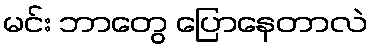
မင်း ဘာတွေ ပြောနေတာလဲ